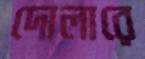
দোলারে